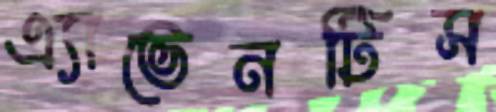
এ্যাভেনটিস